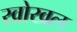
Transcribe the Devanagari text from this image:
खोखल